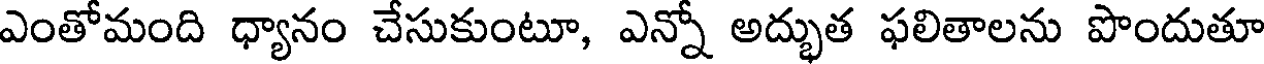
ఎంతోమంది ధ్యానం చేసుకుంటూ, ఎన్నో అద్భుత ఫలితాలను పొందుతూ